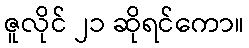
ဇူလိုင် ၂၁ ဆိုရင်ကော။